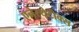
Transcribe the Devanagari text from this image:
एनेस्थेटीक्स